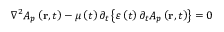
\nabla ^ { 2 } A _ { p } \left( \mathbf { r } , t \right) - \mu \left( t \right) \partial _ { t } \left\{ \varepsilon \left( t \right) \partial _ { t } A _ { p } \left( \mathbf { r } , t \right) \right\} = 0